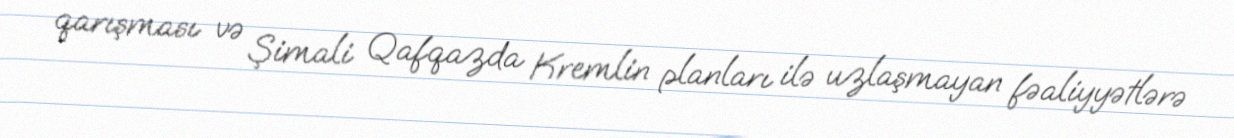
qarışması və Şimali Qafqazda Kremlin planları ilə uzlaşmayan fəaliyyətlərə